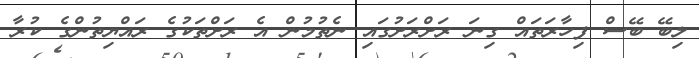
ލިބޭ ބޭސް ފިހާރަތައް ގިނަ ރަށްރަށުގައި ނެތުމުން އެ ރަށްތަކުގެ ރައްޔިތުންގެ ކުރާ